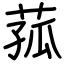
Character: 菰